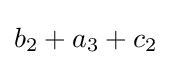
b_{2}+a_{3}+c_{2}